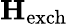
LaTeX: \mathbf{H}_{\mathrm{exch}}